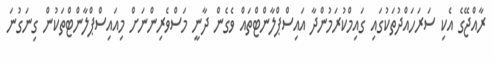
ރާއްޖޭގެ އެކި ސަރަހައްދުތަކުގައި ގައިމްކުރަމުންދާ އައިސްޕްލާންޓްތައް ވެގެން ދާނީ މަސްވެރިންނަށް މިއައިސްޕްލާންޓްތަކުން ގިނަގުނަ